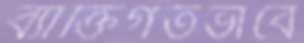
ব্যাক্তিগতভাবে